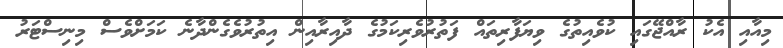
މިއާއި އެކު ރާއްޖޭގައި ކުވެއިތުގެ ވިޔަފާރިތައް ފަތުރުވެރިކަމުގެ ދާއިރާއިން އިތުރުވެގެންދާނެ ކަމަށްވެސް މިނިސްޓަރު